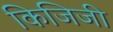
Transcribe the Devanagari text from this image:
किजिजी